Annual report of the Imperial Bacteriologist
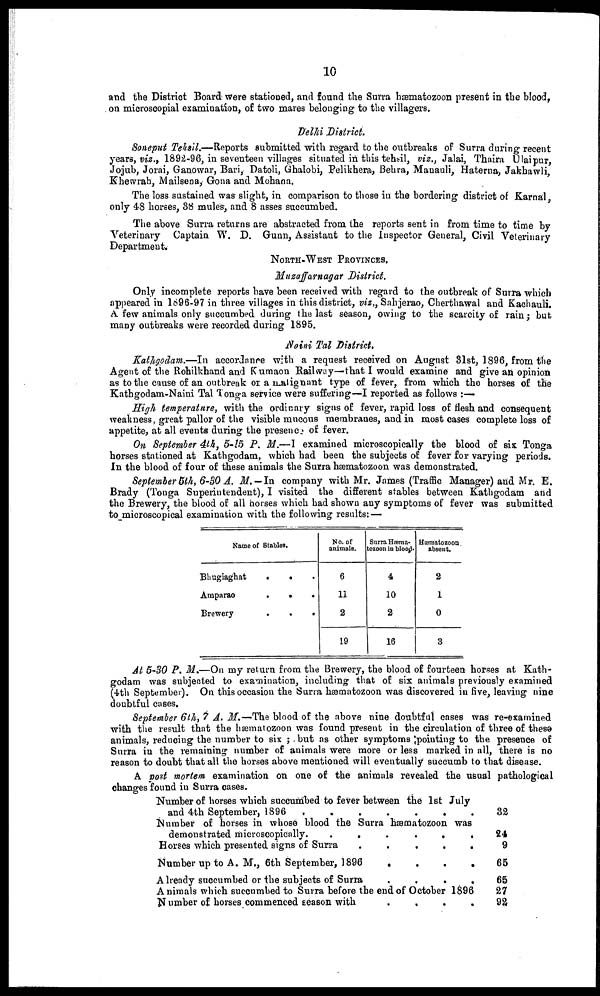
10
and the District Board were stationed, and found the Surra hæmatozoon present in the blood,
on microscopial examination, of two mares belonging to the villagers.
Delhi District.
Soneput Tehsil.—Reports submitted with regard to the outbreaks of Surra during recent
years, viz., 1892-96, in seventeen villages situated in this tehsil, viz., Jalai, Thaira Ulaipur,
Jojub, Jorai, Ganowar, Bari, Datoli, Ghalobi, Pelikhera, Behra, Manauli, Haterna, Jakhawli,
Khewrah, Mailsena, Gona and Mohana.
The loss sustained was slight, in comparison to those in the bordering district of Karnal,
only 48 horses, 38 mules, and 8 asses succumbed.
The above Surra returns are abstracted from the reports sent in from time to time by
Veterinary Captain W. D. Gunn, Assistant to the Inspector General, Civil Veterinary
Department.
NORTH-WEST PROVINCES.
Muzaffarnagar District.
Only incomplete reports have been received with regard to the outbreak of Surra which
appeared in 1896-97 in three villages in this district, viz„ Sahjerao, Cherthawal and Kachauli.
A few animals only succumbed during the last season, owing to the scarcity of rain ; but
many outbreaks were recorded during 1895.
Naini Tal District.
Kathgodam.—In accordance with a request received on August 31st, 1896, from the
Agent of the Rohilkhand and Kumaon Railway—that I would examine and give an opinion
as to the cause of an outbreak of an alignant type of fever, from which the horses of the
Kathgodam-Naini Tal Tonga service were suffering—I reported as follows :-
High temperature, with the ordinary signs of fever, rapid loss of flesh and consequent
weakness, great pallor of the visible mucous membranes, and in most cases complete loss of
appetite, at all events during the presence of fever.
On September 4th, 5-15 P. M.—I examined microscopically the blood of six Tonga
horses stationed at Kathgodam, which had been the subjects of fever for varying periods.
In the blood of four of these animals the Surra hæmatozoon was demonstrated.
September 5th, 6-30 A. M. — In company with Mr. James (Traffic Manager) and Mr. E.
Brady (Tonga Superintendent), I visited the different stables between Kathgodam and
the Brewery, the blood of all horses which had shown any symptoms of fever was submitted
to microscopical examination with the following results: —
Name of Stables.
Bhugiaghat
.
.
.
Amparao
.
.
.
Brewery
.
.
.
No. of
animals.
6
11
2
19
Surra Hæma-
tozoon in blood.
4
10
2
16
Hæmatozoon
absent.
2
1
0
3
At 5-30 P. M.—On my return from the Brewery, the blood of fourteen horses at Kath-
godam was subjected to examination, including that of six animals previously examined
(4th September). On this occasion the Surra hæmatozoon was discovered in five, leaving nine
doubtful cases.
September 6th, 7 A. M.— The blood of the above nine doubtful cases was re-examined
with the result that the hæmatozoon was found present in the circulation of three of these
animals, reducing the number to six ; but as other symptoms pointing to the presence of
Surra in the remaining number of animals were more or less marked in all, there is no
reason to doubt that all the horses above mentioned will eventually succumb to that disease.
A post mortem examination on one of the animals revealed the usual pathological
changes found in Surra cases.
Number of horses which succumbed to fever between the 1st July
and 4th September, 1896
.......
Number of horses in whose blood the Surra hæcbatozoon was
demonstrated microscopically.
.
.
.
.
.
.
Horses which presented signs of Surra
.
.
Number up to A. M., 6th September, 1896
....
Already succumbed or the subjects of Surra
.
.
.
.
Animals which succumbed to Surra before the end of October 1896
Number of horses commenced season with
....
32
24
9
65
65
27
92